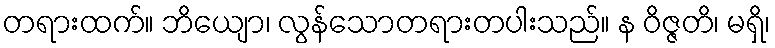
တရားထက်။ ဘိယျော၊ လွန်သောတရားတပါးသည်။ န ဝိဇ္ဇတိ၊ မရှိ၊